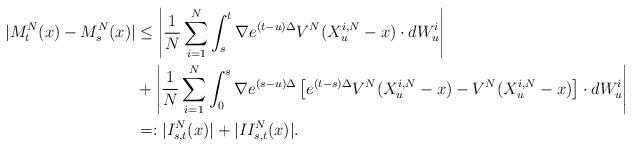
LaTeX: \begin{align*}|M^N_t(x) - M_s^N(x)| &\leq \left| \frac{1}{N} \sum_{i=1}^N \int_s^t \nabla e^{(t-u)\Delta} V^N(X_u^{i,N}-x) \cdot dW^i_u \right| \\&+ \left| \frac{1}{N} \sum_{i=1}^N \int_0^s \nabla e^{(s-u)\Delta} \left[e^{(t-s)\Delta} V^N(X_u^{i,N}-x)- V^N(X_u^{i,N}-x)\right] \cdot dW^i_u \right| \\&=: |I^N_{s,t}(x)| + |II^N_{s,t}(x)| .\end{align*}